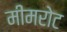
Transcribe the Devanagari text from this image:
मीमरोट